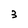
Character: 3